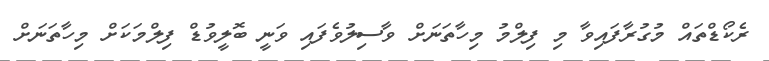
ރެކޯޑްތައް މުގުރާފައިވާ މި ފިލްމު މިހާތަނަށް ވާސިލުވެފައި ވަނީ ބޮލީވުޑް ފިލްމަކަށް މިހާތަނަށް